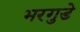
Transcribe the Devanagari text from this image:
भरगुडे